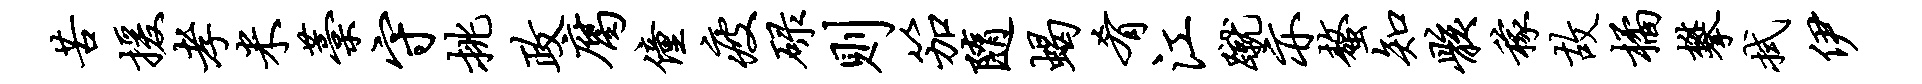
苦援孝米藁守挑政腐僮疲碌则笳随蝎肴江蹴亦螯知骸稼故橘攀拭伊